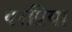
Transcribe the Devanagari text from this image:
परप्रिया